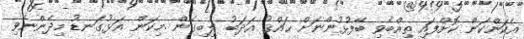
އެކަންކަން ކޮށްފައި ތިއްބެވި ބޭފުޅުންނަށް ޙައްޤު އަދަބު ލިބިގެން .މިކަން އަޅުގަނޑު މިދެންނެވި